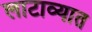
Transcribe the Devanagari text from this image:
लाटाव्यात